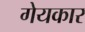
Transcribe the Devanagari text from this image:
गेयकार